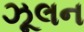
ઝૂલન